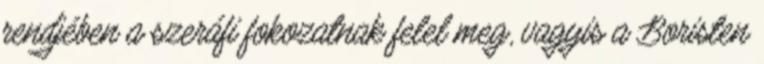
rendjében a szeráfi fokozatnak felel meg, vagyis a Boristen